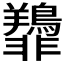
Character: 𫕿